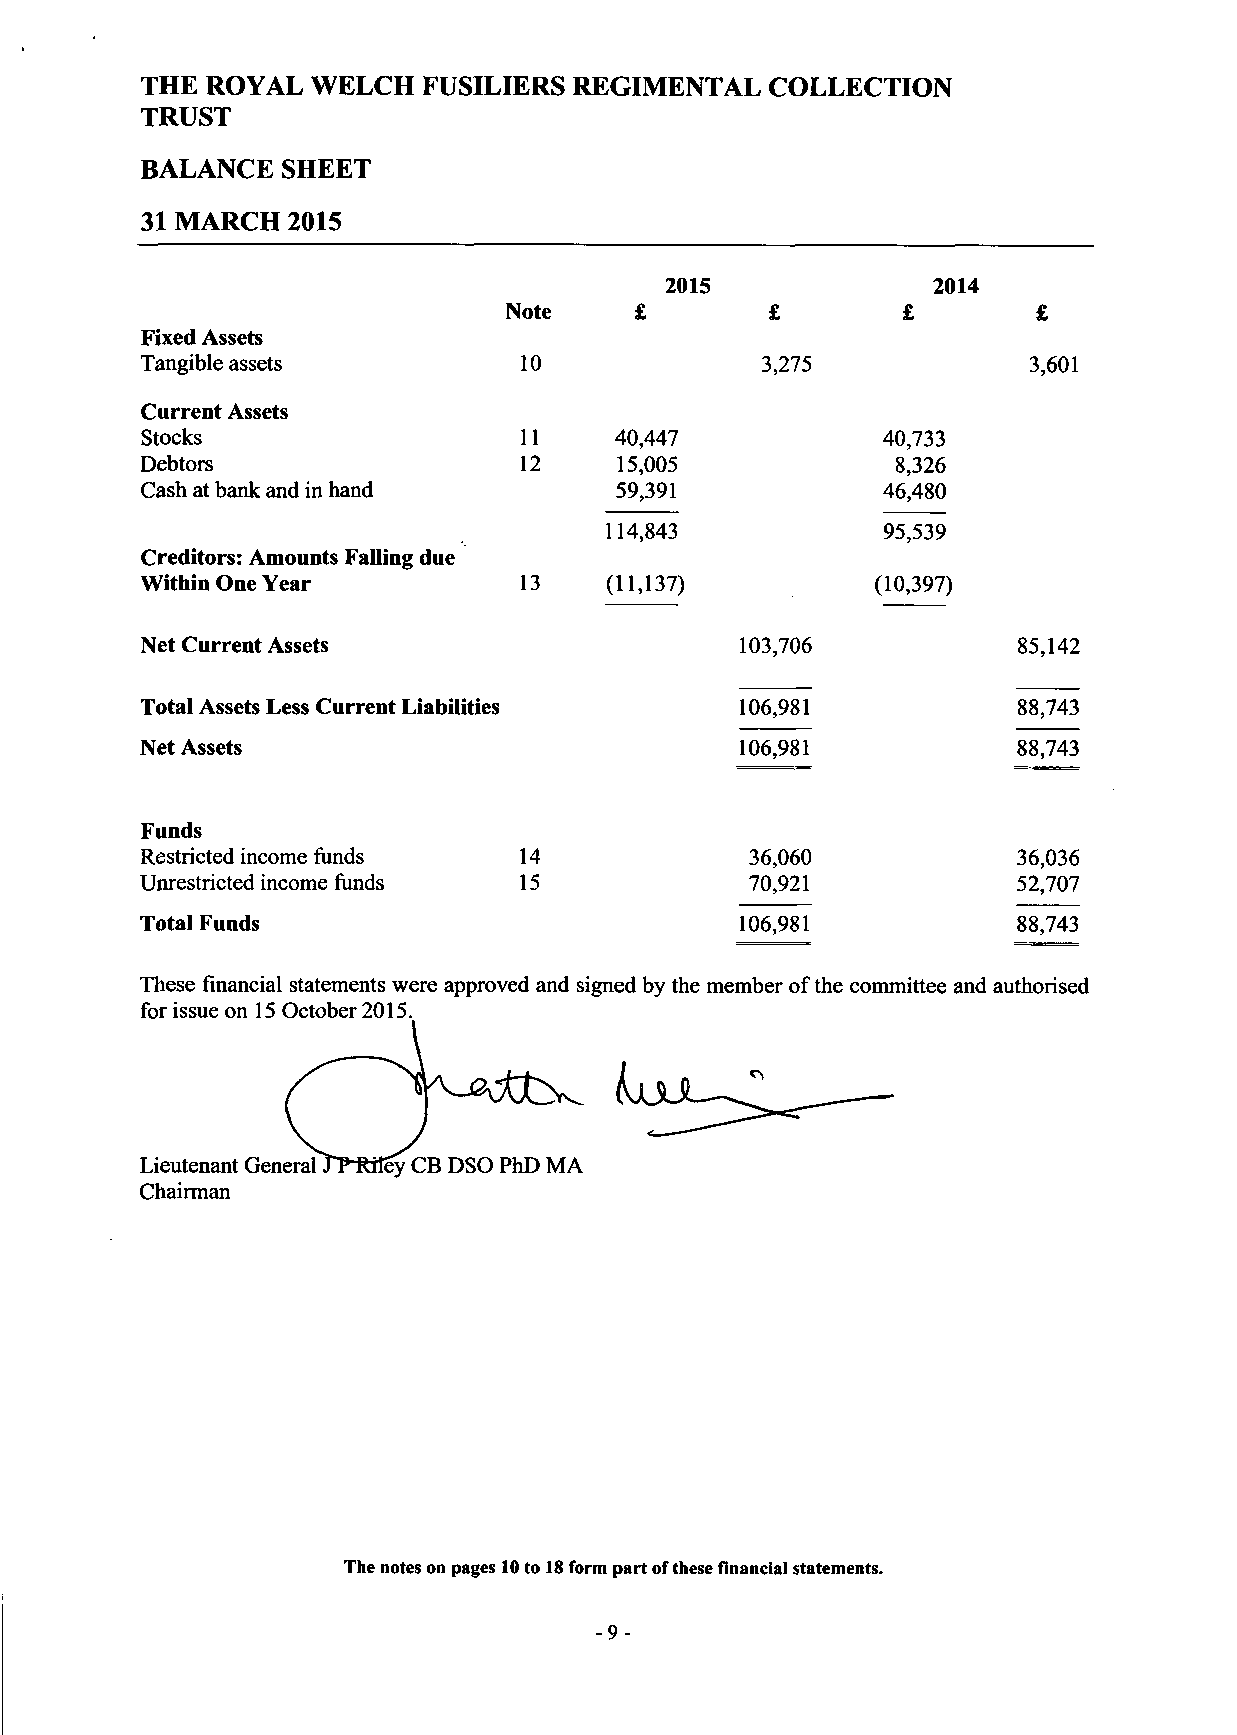
THE  ROYAL WELCH   FUSILIERS REGIMENTAL  COLLECTION
 TRUST
 BALANCE   SHEET
 31 MARCH  2015
 2015              2014
 Note    £        £        £        £
 Fixed Assets
 Tangible assets           10              3,275             3,601
 Current Assets
 Stocks                    11    40,447            40,733
 Debtors                   12    15,005             8,326
 Cash at bank and in hand        59,391            46,480
 114,843            95,539
 Creditors: Amounts Falling due
 Within One Year          13    (11,137)          (10,397)
 Net Current Assets                      103,706           85,142
 Total Assets Less Current Liabilities   106,981            88,743
 Net Assets                              106,981            88,743
 Funds
 Restricted income funds   14             36,060            36,036
 Unrestricted income funds 15             70,921            52,707
 Total Funds                             106,981           88,743
 These financial statements were approved and signed by the member of the committee and authorised
 for issue on 15 October 2015.
 Lieutenant General TP-Riley CB DSO PhD MA
 Chairman
 The notes on pages 10 to 18 form part of these financial statements.
 -9-